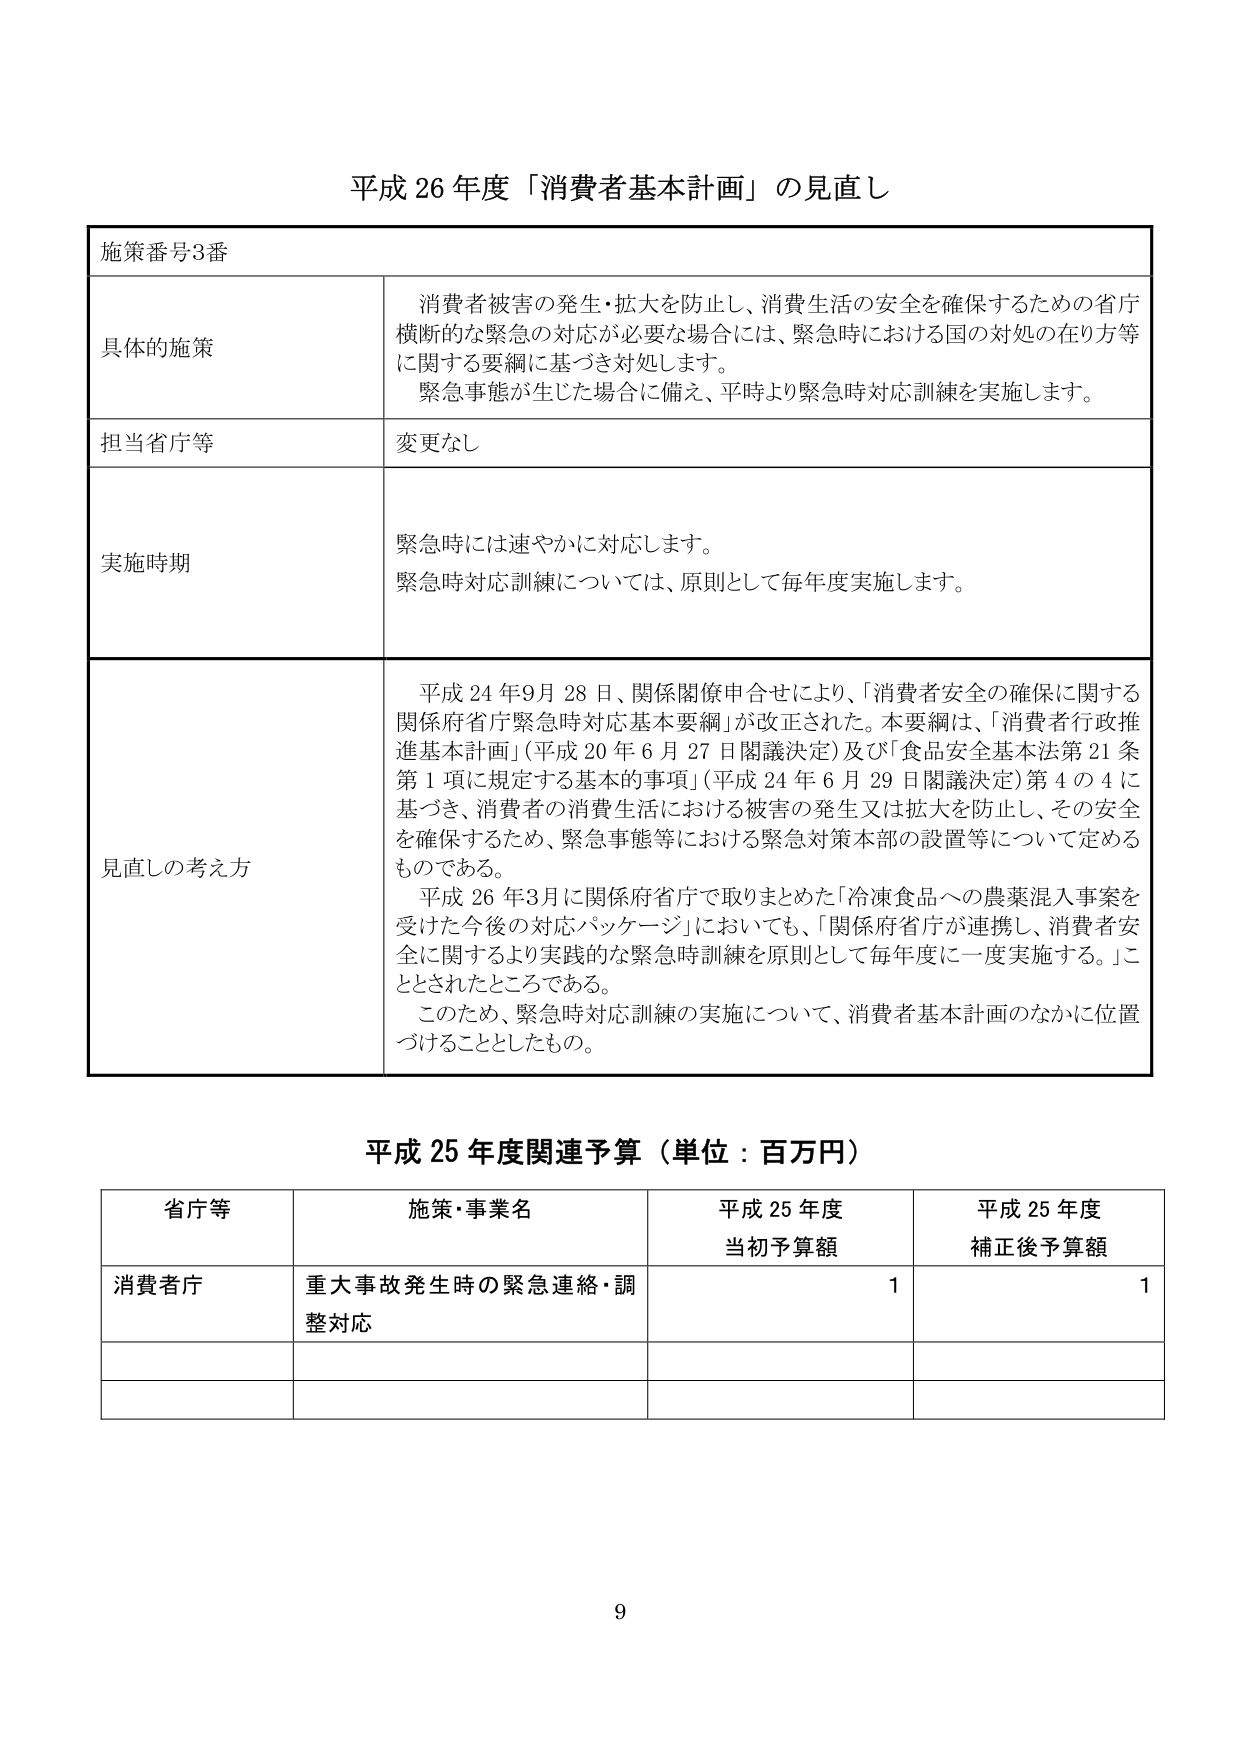
平成 26 年度「消費者基本計画」の見直し

施策番号3番

具体的施策
消費者被害の発生・拡大を防止し、消費生活の安全を確保するための省庁横断的な緊急の対応が必要な場合には、緊急時における国の対処の在り方等に関する要綱に基づき対処します。
緊急事態が生じた場合に備え、平時より緊急時対応訓練を実施します。

担当省庁等
変更なし

実施時期
緊急時には速やかに対応します。
緊急時対応訓練については、原則として毎年度実施します。

見直しの考え方
平成 24 年9月 28 日、関係閣僚申合せにより、「消費者安全の確保に関する関係府省庁緊急時対応基本要綱」が改正された。本要綱は、「消費者行政推進基本計画」（平成 20 年 6 月 27 日閣議決定）及び「食品安全基本法第21条第1項に規定する基本的事項」（平成 24 年 6 月 29 日閣議決定）第4の4に基づき、消費者の消費生活における被害の発生又は拡大を防止し、その安全を確保するため、緊急事態等における緊急対策本部の設置等について定めるものである。
平成 26 年3月に関係府省庁で取りまとめた「冷凍食品への農薬混入事案を受けた今後の対応パッケージ」においても、「関係府省庁が連携し、消費者安全に関するより実践的な緊急時訓練を原則として毎年度に一度実施する。」こととされたところである。
このため、緊急時対応訓練の実施について、消費者基本計画のなかに位置づけることとしたもの。

平成 25 年度関連予算（単位：百万円）

省庁等　　施策・事業名　　　　　　　平成 25 年度当初予算額　　平成 25 年度補正後予算額
消費者庁　重大事故発生時の緊急連絡・調整対応　　　　　　　　1　　　　　　　　　　1

9